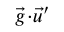
\vec { g } \! \cdot \! \vec { u } ^ { \prime }